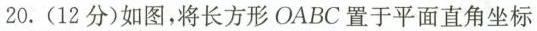
20.(12分)如图，将长方形OABC置于平面直角坐标